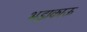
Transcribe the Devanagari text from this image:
भड़ाकाऊ